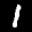
Label: 1